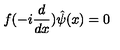
f ( - i \frac { d } { d x } ) \hat { \psi } ( x ) = 0